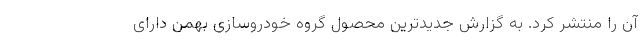
آن را منتشر کرد. به گزارش جدیدترین محصول گروه خودروسازی بهمن دارای